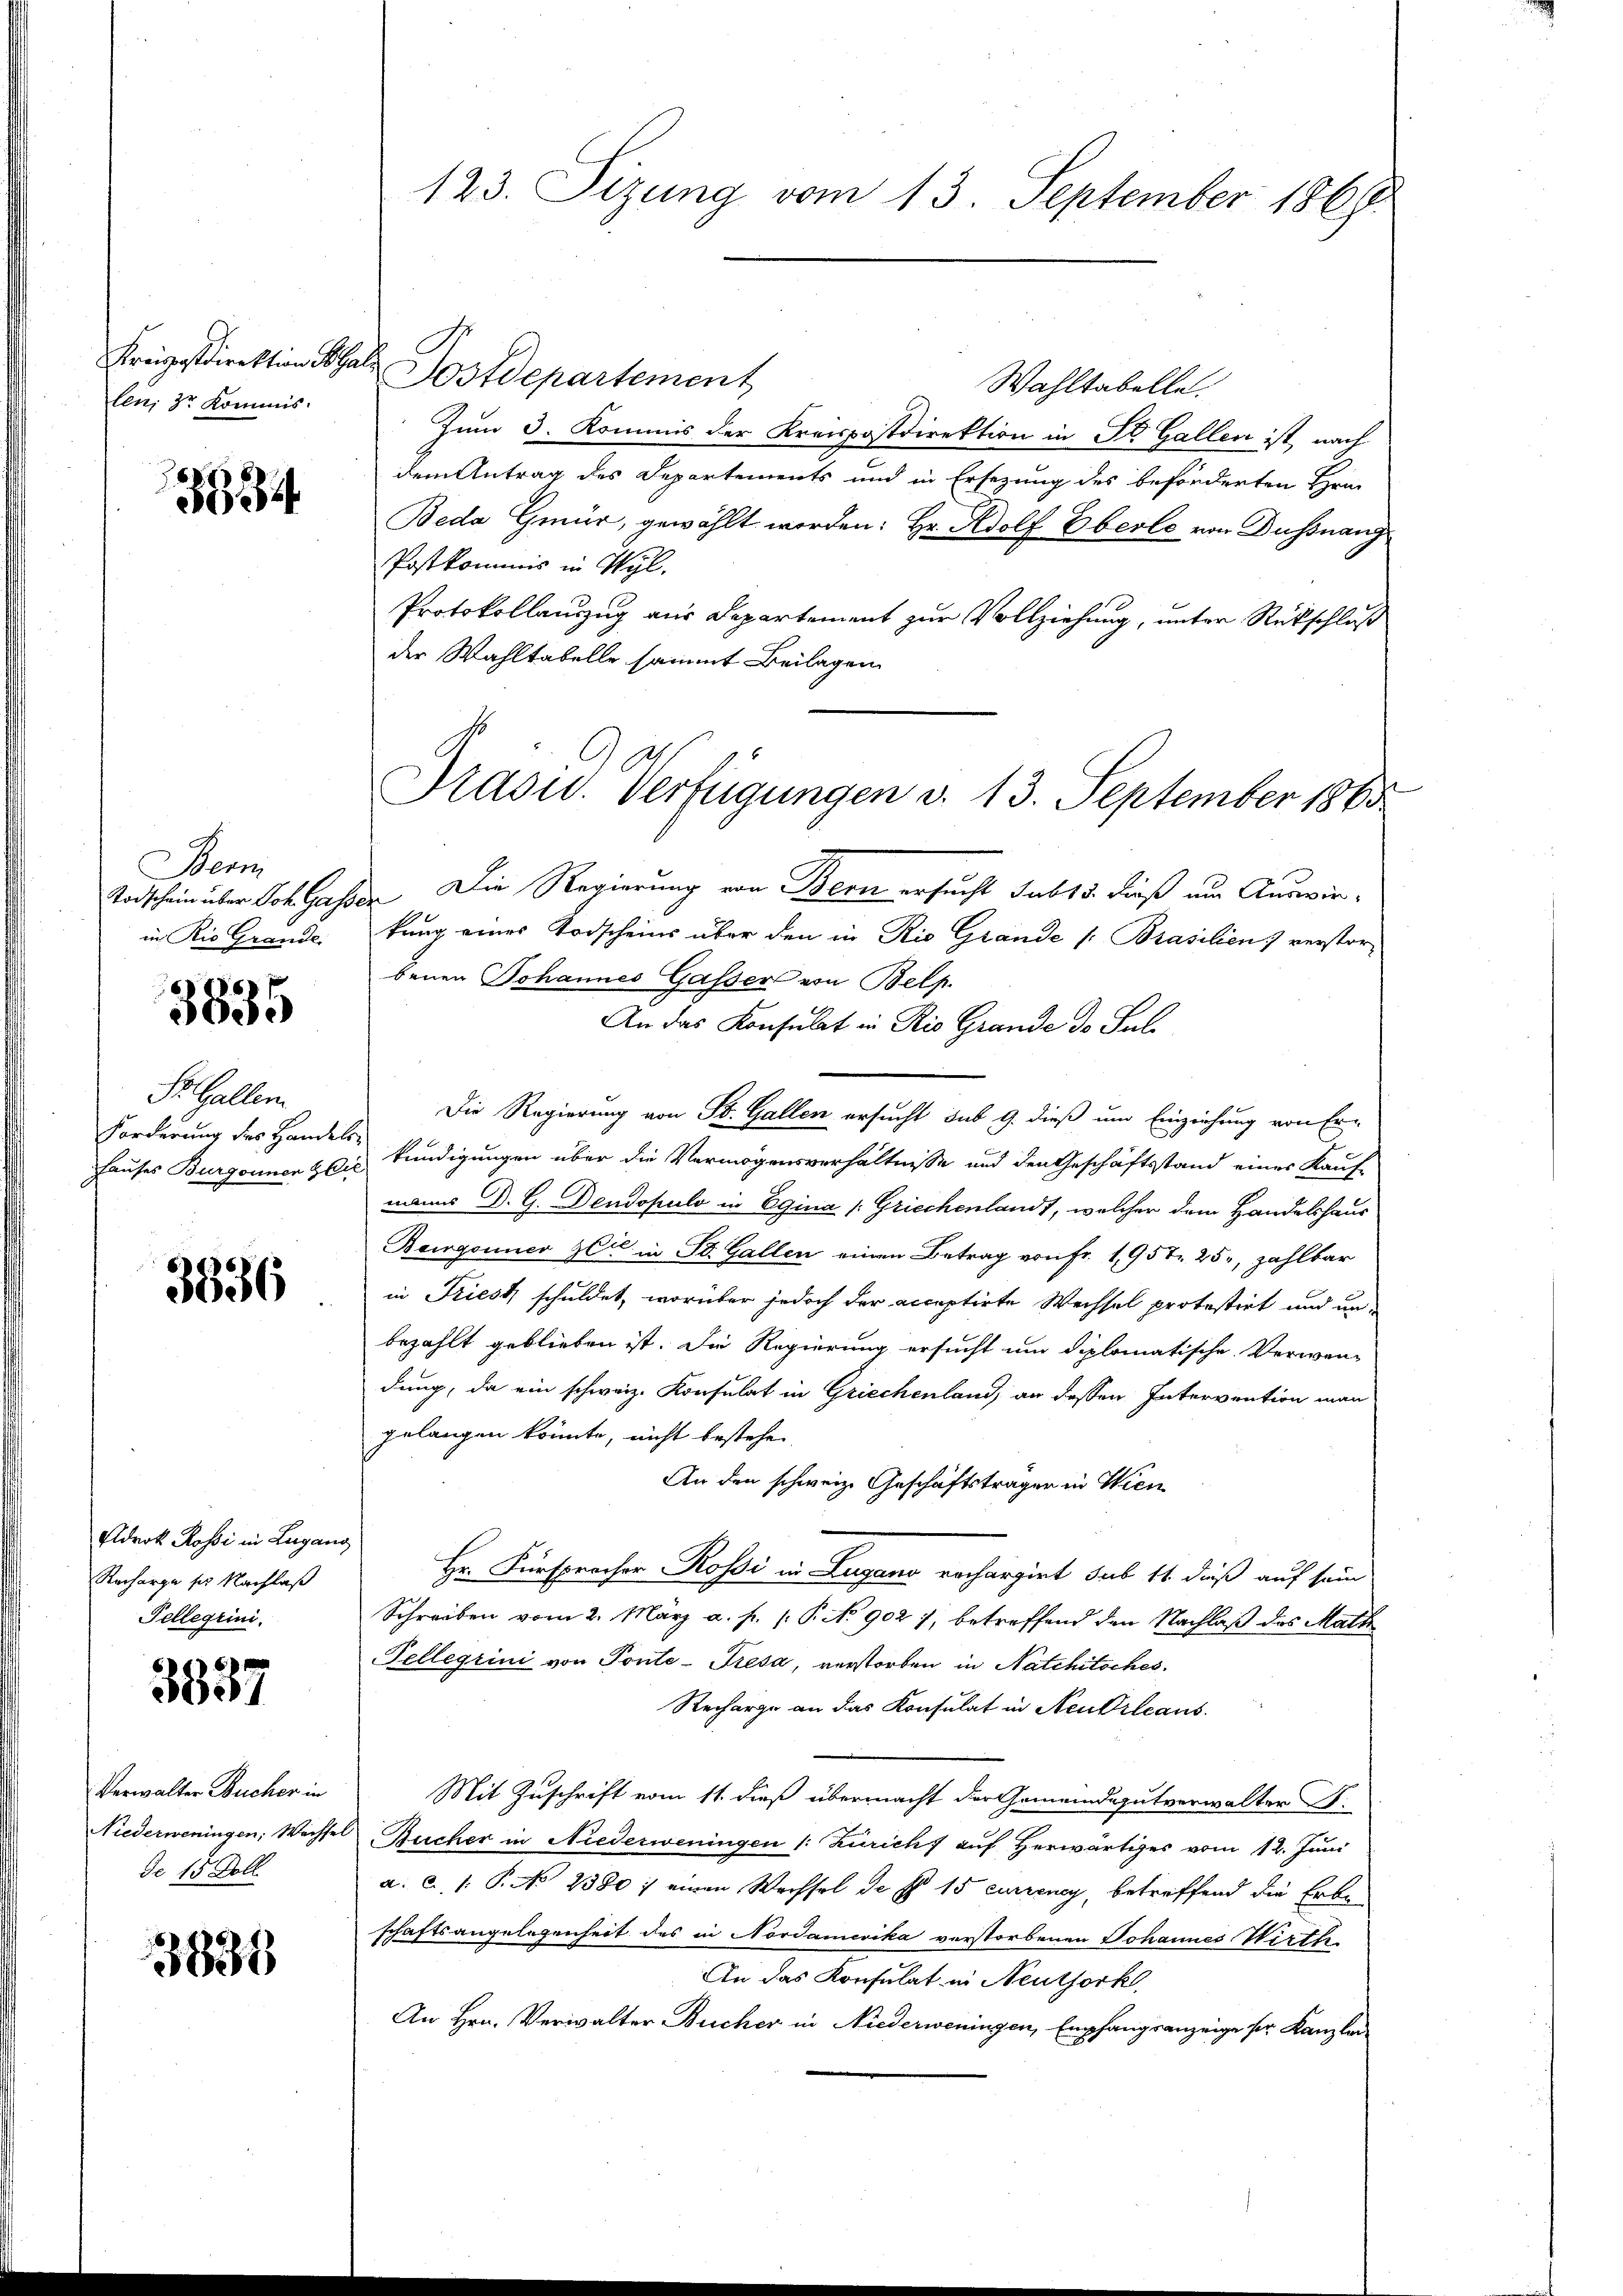
len, Sr. Kommis.

884

Bern
in Rio Grande

3835

St. Gallen.
Forderung des Handels¬
Hauses Burgonner & Cie

3836

Adrok Rossi in Lugang
Recharge ser Nachlaß
Tellegiini.

3837

Verwalter Bucher in
Niederweningen; Wechsel
de 15 Doll

3835

123. Sizung vom 13. September 1867

Kreisestdirektion als Postdepartement
Wahltabelle.
Zum 3. Kommis der Kreispostdirektion in St. Gallen ist, nach
dem Antrag des Departements und in Ersezung des beförderten Hrn.
Beda Gmür, gewählt worden: Hr. Adolf Eberle von Dußnang
Postkommis in Wyl.
Protokollauszug aus Departement zur Vollziehung, unter Rückschluß
der Wahltabelle sammt Beilagen
Todschein über Joh. Gasser Die Regierung von Bern ersucht sub 15. dieß um Auswirkung eines Todscheins über den in Rio Grande [Brasilien) verstorbenen Johannes Gasser von Belp.
An das Konsulat in Rio Grande de Sub
Die Regierung von St. Gallen ersucht sub 9. dieß um Einziehung von Er-
kündigungen über die Vermögensverhältnisse und den Geschäftsstand eines Kauf-
manns D. G. Dendopulo in Egina (Griechenlandt, welcher dem Handelshaus
Begonner Zeit in St. Gallen einen Betrag von Fr. 1957 25, zahlbar
in Friest schuldet, worüber jedoch der acceptirte Wechsel protestirt und unbezahlt geblieben ist. Die Regierung ersucht um diplomatische Verwendung, da ein schweiz. Konsulat in Griechenland, an dessen Intervention man
gelangen könnte, nicht bestehen,
An den schweiz. Geschäftstragen in Wien
Hr. Fürsprocher Rossi in Lugano vorhargirt sub 14 dieß auf sein
Schreiben vom 2. März a. f. 1: P. No 902 7, betreffend den Nachlaß des Math
Tellegrini von Ponte-Tresa, verstorben in Natchitsches.
Recharge an das Konsulat in Neubrleans
Mit Zuschrift vom 11. dieß übermacht der Gemeindegutverwalter F.
Rucher in Niederweningen (: Züricht auf Herwärtiges vom 12. Juni
a. c. 1. P. No 2380: einen Wechsel de pr 15 curreney, betreffend die Erben
schaftsangelegenheit des in Nordamerika verstorbenen Johannes Wirth
An das Konsulat in Neuthork
An Hrn. Verwalter Bucher in Niederweningen, Empfangsanzeige ser Kanzlei

Pradu. Verfügungen v. 13. September 1865